Scientific memoirs by medical officers of the Army of India - Part XI,
Year: 1898
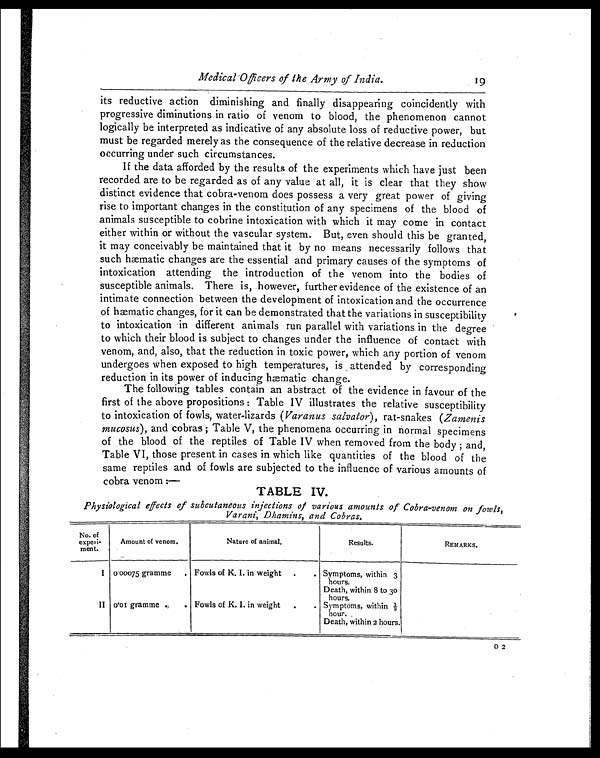
Medical Officers of the Army of India.
19
its reductive action diminishing and finally disappearing coincidently with
progressive diminutions in ratio of venom to blood, the phenomenon cannot
logically be interpreted as indicative of any absolute loss of reductive power, but
must be regarded merely as the consequence of the relative decrease in reduction
occurring under such circumstances.
If the data afforded by the results of the experiments which have just been
recorded are to be regarded as of any value at all, it is clear that they show
distinct evidence that cobra-venom does possess a very great power of giving
rise to important changes in the constitution of any specimens of the blood of
animals susceptible to cobrine intoxication with which it may come in contact
either within or without the vascular system. But, even should this be granted,
it may conceivably be maintained that it by no means necessarily follows that
such hæmatic changes are the essential and primary causes of the symptoms of
intoxication attending the introduction of the venom into the bodies of
susceptible animals. There is, however, further evidence of the existence of an
intimate connection between the development of intoxication and the occurrence
of hæmatic changes, for it can be demonstrated that the variations in susceptibility
to intoxication in different animals run parallel with variations in the degree
to which their blood is subject to changes under the influence of contact with
venom, and, also, that the reduction in toxic power, which any portion of venom
undergoes when exposed to high temperatures, is attended by corresponding
reduction in its power of inducing hæmatic change.
The following tables contain an abstract of the evidence in favour of the
first of the above propositions: Table IV illustrates the relative susceptibility
to intoxication of fowls, water-lizards ( Varanus salvator), rat-snakes ( Zamenis
mucosus ), and cobras; Table V, the phenomena occurring in normal specimens
of the blood of the reptiles of Table IV when removed from the body; and,
Table VI, those present in cases in which like quantities of the blood of the
same reptiles and of fowls are subjected to the influence of various amounts of
cobra venom :—
TABLE IV.
Physiological effects of subcutaneous injections of various amounts of Cobra-venom on fowls,
Varani, Dhamins, and Cobras.
No. of
experi-
ment.
Amount of venom.
Nature of animal.
Results.
REMARKS.
I 0 . 00075 gramme
. Fowls of K. I. in weight
.
. Symptoms, within 3
hours.
Death, within 8 to 30
hours.
II 0.01 gramme .
. Fowls of K. I. in weight
.
. Symptoms, within ½
hour. .
Death, within 2 hours.
D 2